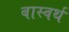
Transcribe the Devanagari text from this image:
बास्वर्थ